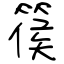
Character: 篌